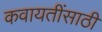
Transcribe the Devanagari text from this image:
कवायतींसाठी